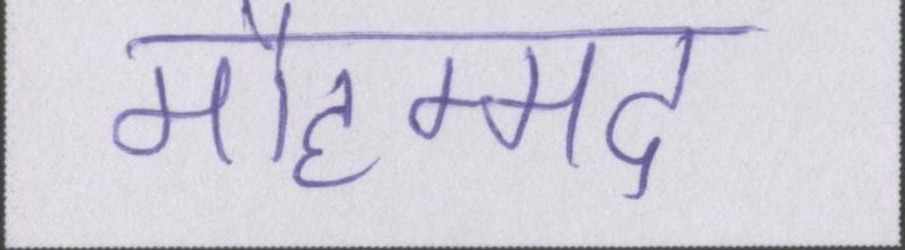
मौहम्मद